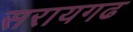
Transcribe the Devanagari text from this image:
सरायगढ